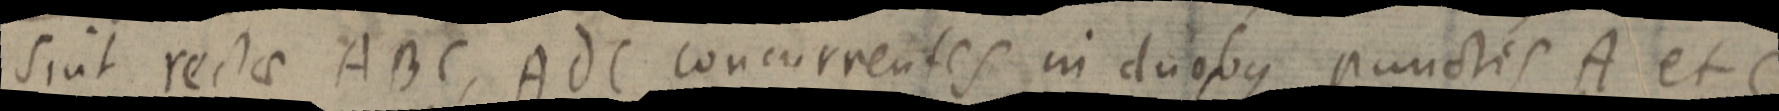
suit rectae ABC, AdC concurrentes in duobus punctis A et C